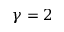
\gamma = 2